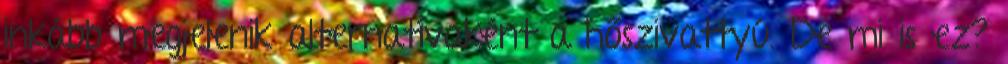
inkább megjelenik alternatívaként a hőszivattyú. De mi is ez?